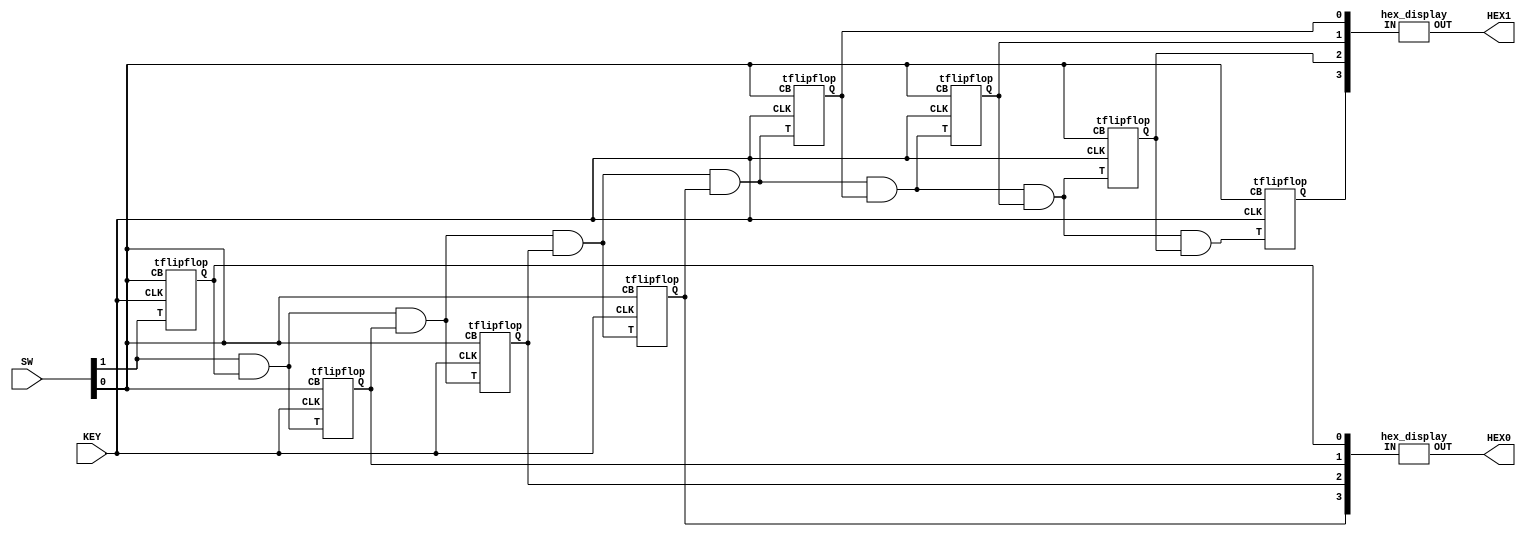
module counter8bit(SW, KEY, HEX0, HEX1); 
	input [17:16] SW; 
	input [0:0] KEY;
	output [6:0] HEX0;
	output [6:0] HEX1; 
	wire [7:0] u;
	wire w0, w1, w2, w3, w4, w5, w6; 
	
	assign w0 = SW[17] & u[0];
	assign w1 = w0 & u[1];
	assign w2 = w1 & u[2];
	assign w3 = w2 & u[3];
	assign w4 = w3 & u[4];
	assign w5 = w4 & u[5];
	assign w6 = w5 & u[6];
	
	tflipflop tff0(.CLK(KEY), 
						.T(SW[17]), 
						.CB(SW[16]), 
						.Q(u[0]));
	tflipflop tff1(.CLK(KEY), 
						.T(w0), 
						.CB(SW[16]), 
						.Q(u[1]));
	tflipflop tff2(.CLK(KEY), 
						.T(w1), 
						.CB(SW[16]), 
						.Q(u[2]));
	tflipflop tff3(.CLK(KEY), 
						.T(w2), 
						.CB(SW[16]), 
						.Q(u[3]));
	tflipflop tff4(.CLK(KEY), 
						.T(w3), 
						.CB(SW[16]), 
						.Q(u[4]));
	tflipflop tff5(.CLK(KEY), 
						.T(w4), 
						.CB(SW[16]), 
						.Q(u[5]));
	tflipflop tff6(.CLK(KEY), 
						.T(w5), 
						.CB(SW[16]), 
						.Q(u[6]));
	tflipflop tff7(.CLK(KEY), 
						.T(w6), 
						.CB(SW[16]), 
						.Q(u[7]));
	
	hex_display hex0(.IN(u[3:0]), .OUT(HEX0));
	hex_display hex1(.IN(u[7:4]), .OUT(HEX1));
endmodule 

module tflipflop(CLK, T, CB, Q);
	input CLK, T, CB;
	output reg Q;
	
	always @(posedge CLK, negedge CB)
	begin
		if(CB == 1'b0)
			Q <= 1'b0;
		else
			Q <= Q ^ T;
		//else if(T)
			//Q <= ~Q;
	end
endmodule 
	
module hex_display(IN, OUT);
    input [3:0] IN;
	 output reg [6:0] OUT;
	 
	 always @(*)
	 begin
		case(IN[3:0])
			4'b0000: OUT = 7'b1000000;
			4'b0001: OUT = 7'b1111001;
			4'b0010: OUT = 7'b0100100;
			4'b0011: OUT = 7'b0110000;
			4'b0100: OUT = 7'b0011001;
			4'b0101: OUT = 7'b0010010;
			4'b0110: OUT = 7'b0000010;
			4'b0111: OUT = 7'b1111000;
			4'b1000: OUT = 7'b0000000;
			4'b1001: OUT = 7'b0011000;
			4'b1010: OUT = 7'b0001000;
			4'b1011: OUT = 7'b0000011;
			4'b1100: OUT = 7'b1000110;
			4'b1101: OUT = 7'b0100001;
			4'b1110: OUT = 7'b0000110;
			4'b1111: OUT = 7'b0001110;
			
			default: OUT = 7'b0111111;
		endcase

	end
endmodule